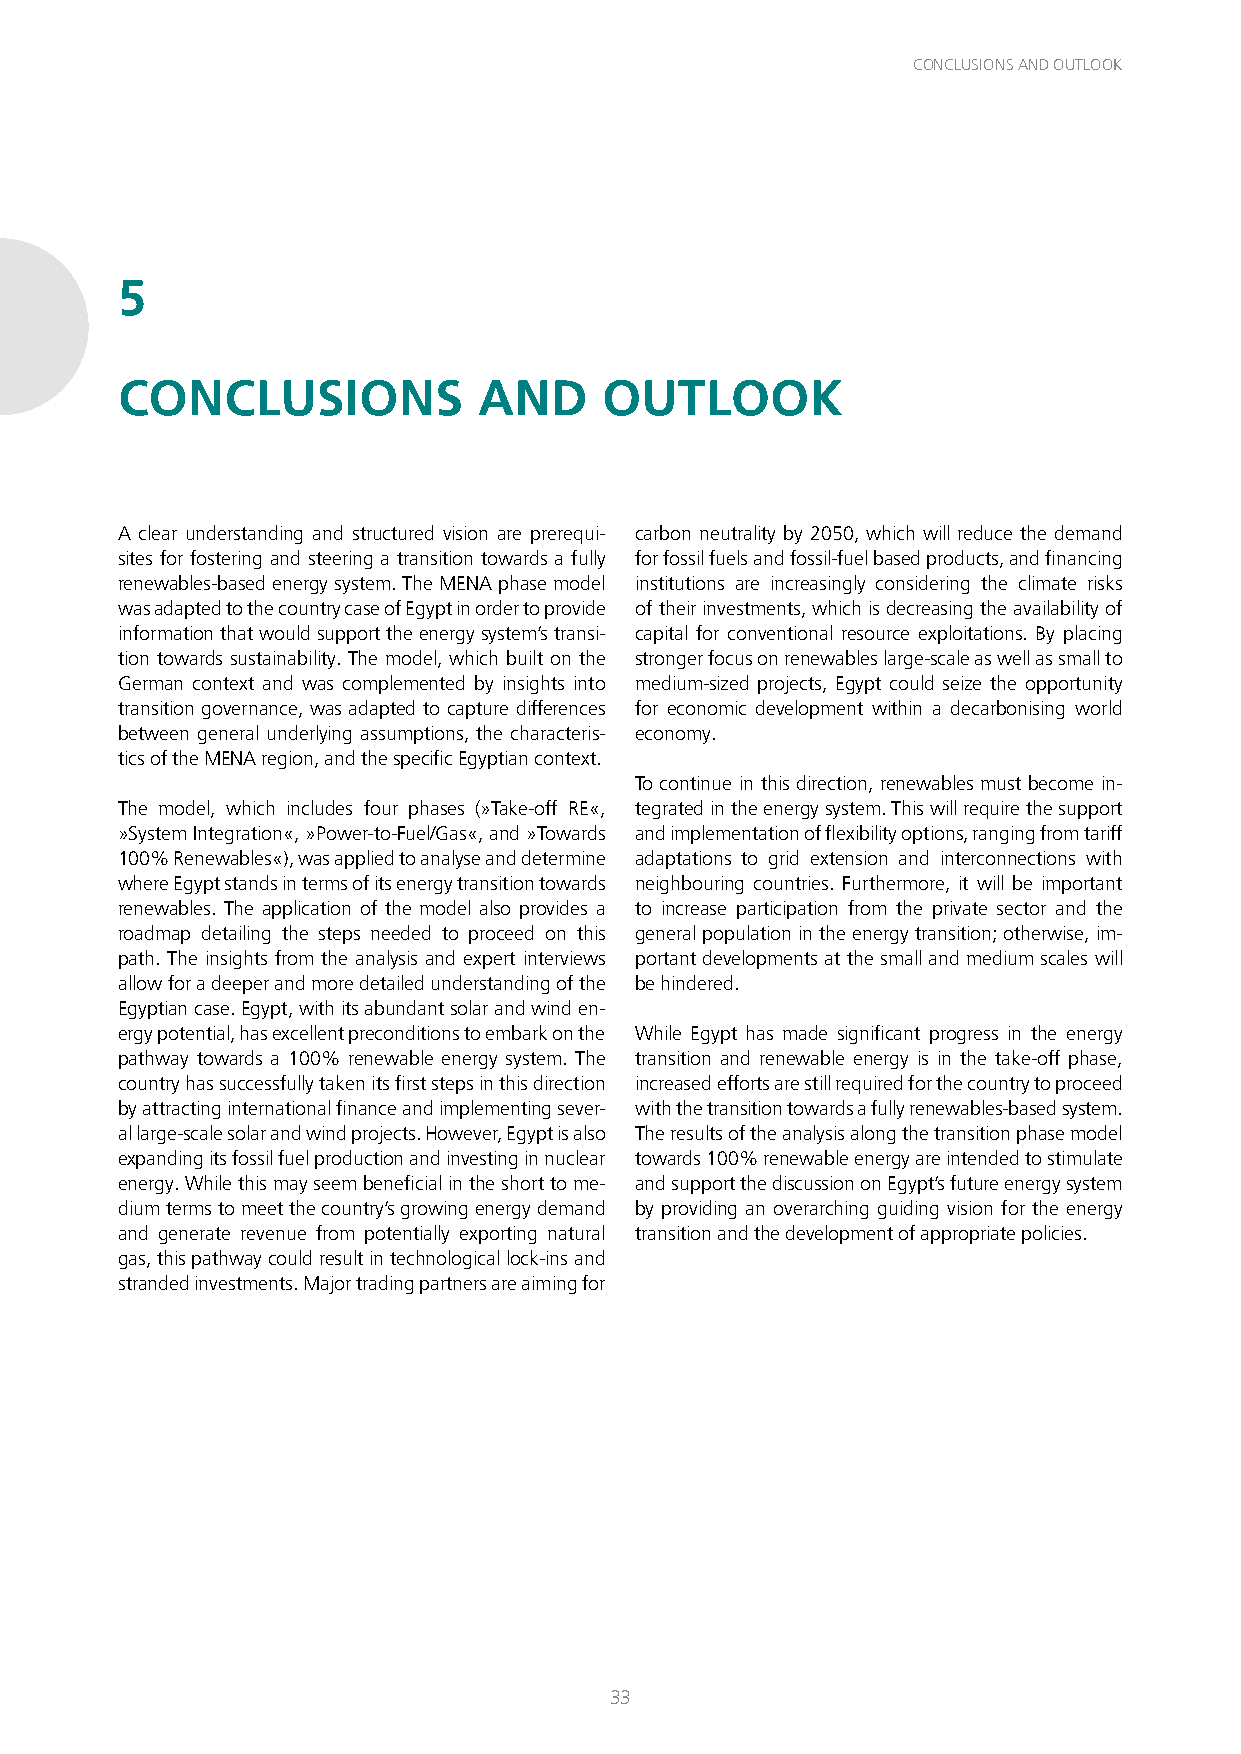
CONCLUSIONS AND OUTLOOK
 5
 CONCLUSIONS             AND     OUTLOOK
 A clear understanding and structured vision are prerequi- carbon neutrality by 2050, which will reduce the demand
 sites for fostering and steering a transition towards a fully for fossil fuels and fossil-fuel based products, and financing
 renewables-based energy system. The MENA phase model institutions are increasingly considering the climate risks
 was adapted to the country case of Egypt in order to provide of their investments, which is decreasing the availability of
 information that would support the energy system’s transi- capital for conventional resource exploitations. By placing
 tion towards sustainability. The model, which built on the stronger focus on renewables large-scale as well as small to
 German context and was complemented by insights into medium-sized projects, Egypt could seize the opportunity
 transition governance, was adapted to capture differences for economic development within a decarbonising world
 between general underlying assumptions, the characteris- economy.
 tics of the MENA region, and the specific Egyptian context.
 To continue in this direction, renewables must become in-
 The model, which includes four phases (»Take-off RE«, tegrated in the energy system. This will require the support
 »System Integration«, »Power-to-Fuel/Gas«, and »Towards and implementation of flexibility options, ranging from tariff
 100% Renewables«), was applied to analyse and determine adaptations to grid extension and interconnections with
 where Egypt stands in terms of its energy transition towards neighbouring countries. Furthermore, it will be important
 renewables. The application of the model also provides a to increase participation from the private sector and the
 roadmap detailing the steps needed to proceed on this general population in the energy transition; otherwise, im-
 path. The insights from the analysis and expert interviews portant developments at the small and medium scales will
 allow for a deeper and more detailed understanding of the be hindered.
 Egyptian case. Egypt, with its abundant solar and wind en-
 ergy potential, has excellent preconditions to embark on the While Egypt has made significant progress in the energy
 pathway towards a 100% renewable energy system. The transition and renewable energy is in the take-off phase,
 country has successfully taken its first steps in this direction increased efforts are still required for the country to proceed
 by attracting international finance and implementing sever- with the transition towards a fully renewables-based system.
 al large-scale solar and wind projects. However, Egypt is also The results of the analysis along the transition phase model
 expanding its fossil fuel production and investing in nuclear towards 100% renewable energy are intended to stimulate
 energy. While this may seem beneficial in the short to me- and support the discussion on Egypt’s future energy system
 dium terms to meet the country’s growing energy demand by providing an overarching guiding vision for the energy
 and generate revenue from potentially exporting natural transition and the development of appropriate policies.
 gas, this pathway could result in technological lock-ins and
 stranded investments. Major trading partners are aiming for
 33